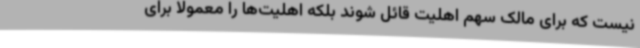
نیست که برای مالک سهم اهلیت قائل شوند بلکه اهلیت‌ها را معمولاً برای